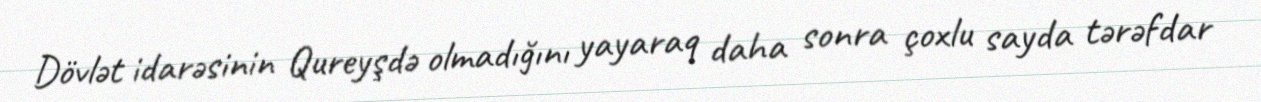
Dövlət idarəsinin Qureyşdə olmadığını yayaraq daha sonra çoxlu sayda tərəfdar